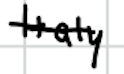
Text: Italy
Cross-out: single-line
Writing tool: digital_black